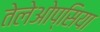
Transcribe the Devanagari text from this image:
तेलेओप्सिया